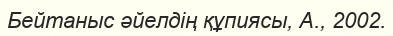
Бейтаныс әйелдің құпиясы, А., 2002.